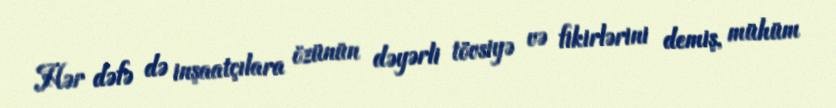
Hər dəfə də inşaatçılara özünün dəyərli tövsiyə və fikirlərini demiş, mühüm